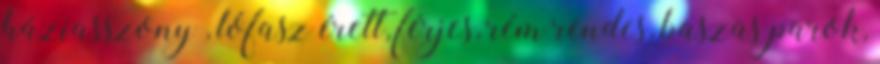
háziasszony , lófasz érett, férjes, rém rendes, baszas parok,